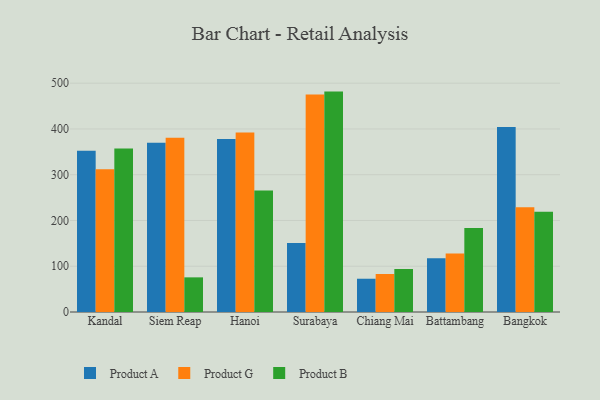
{"axis": {"x": "City", "y": "Website Visitors"}, "legend": ["Product A", "Product B", "Product G"], "data": [{"x": "Kandal", "y": 352.4, "type": "Product A"}, {"x": "Kandal", "y": 311.8, "type": "Product G"}, {"x": "Kandal", "y": 357.0, "type": "Product B"}, {"x": "Siem Reap", "y": 370.1, "type": "Product A"}, {"x": "Siem Reap", "y": 380.9, "type": "Product G"}, {"x": "Siem Reap", "y": 75.7, "type": "Product B"}, {"x": "Hanoi", "y": 377.9, "type": "Product A"}, {"x": "Hanoi", "y": 392.1, "type": "Product G"}, {"x": "Hanoi", "y": 265.7, "type": "Product B"}, {"x": "Surabaya", "y": 151.0, "type": "Product A"}, {"x": "Surabaya", "y": 475.5, "type": "Product G"}, {"x": "Surabaya", "y": 481.6, "type": "Product B"}, {"x": "Chiang Mai", "y": 72.7, "type": "Product A"}, {"x": "Chiang Mai", "y": 83.0, "type": "Product G"}, {"x": "Chiang Mai", "y": 94.0, "type": "Product B"}, {"x": "Battambang", "y": 117.4, "type": "Product A"}, {"x": "Battambang", "y": 127.7, "type": "Product G"}, {"x": "Battambang", "y": 183.3, "type": "Product B"}, {"x": "Bangkok", "y": 404.3, "type": "Product A"}, {"x": "Bangkok", "y": 229.1, "type": "Product G"}, {"x": "Bangkok", "y": 219.2, "type": "Product B"}]}